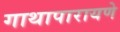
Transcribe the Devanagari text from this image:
गाथापारायणे